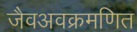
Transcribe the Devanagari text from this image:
जैवअवक्रमणित